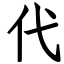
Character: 代